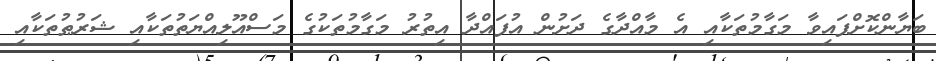
ބަޔާންކޮށްފައިވާ މަގާމުތަކާއި އެ މާއްދާގެ ދަށުން އުފައްދާ އިތުރު މަގާމުތަކުގެ މަސްއޫލިއްޔަތުތަކާއި ޝަރުޠުތަކާއި